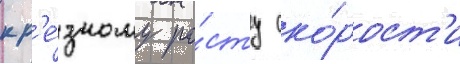
к р'е́зкому ро́сту ско́рост'и